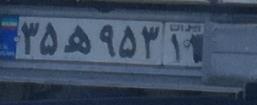
۳۵ه۹۵۳۱۱